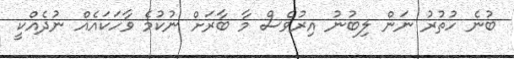
ބުނެ ހުތުރު ނަން ލިބުނު އިރުވެސް މާ ބާރަށް ނުކުމެ ވާހަކައެއް ނުދެއްކީ